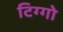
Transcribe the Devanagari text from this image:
टिग्गो